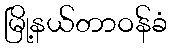
မြို့နယ်တာဝန်ခံ